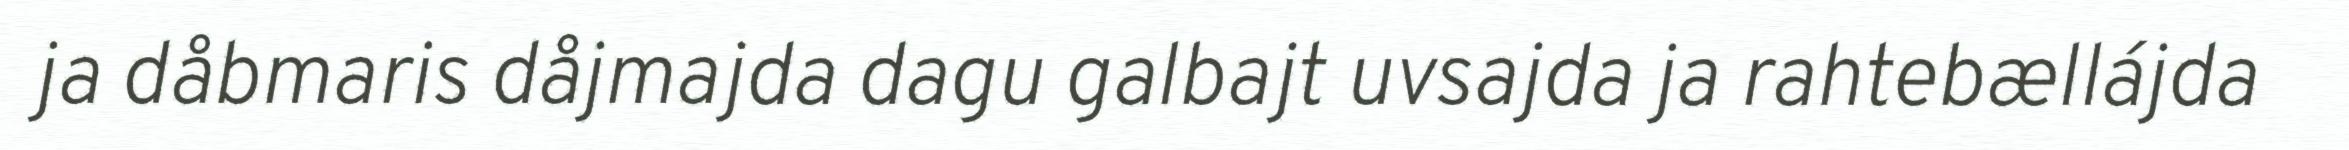
ja dåbmaris dåjmajda dagu galbajt uvsajda ja rahtebællájda